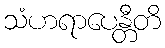
သံဟရာပေန္တီတိ